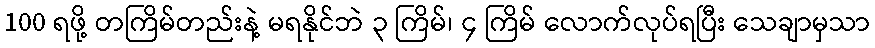
100 ရဖို့ တကြိမ်တည်းနဲ့ မရနိုင်ဘဲ ၃ ကြိမ်၊ ၄ ကြိမ် လောက်လုပ်ရပြီး သေချာမှသာ